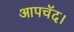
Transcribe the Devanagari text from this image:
आपचॅद।